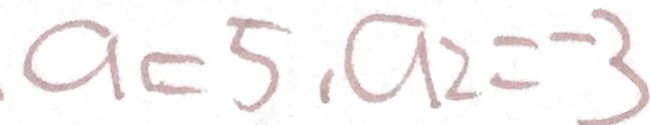
a _ { 1 } = 5 , a _ { 2 } = - 3